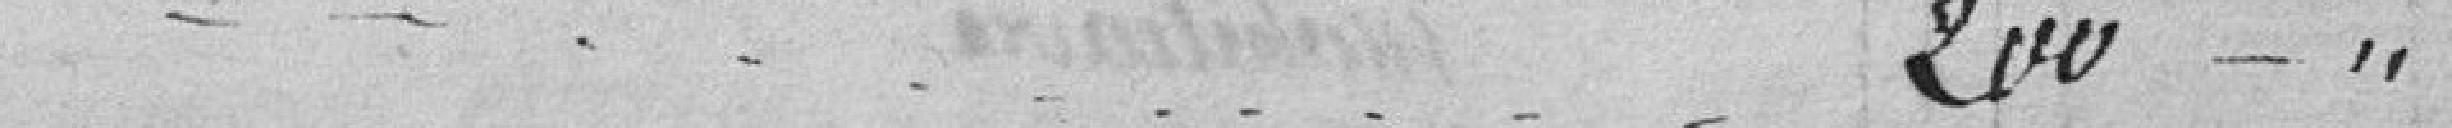
200